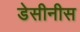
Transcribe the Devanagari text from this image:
डेसीनीस